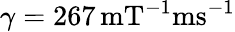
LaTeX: \gamma=267\, \mathrm{mT^{-1}ms^{-1}}